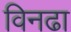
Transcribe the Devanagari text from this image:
विनढा